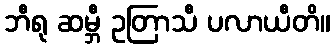
ဘီရု ဆမ္ဘီ ဥတြာသီ ပလာယီတိ။